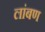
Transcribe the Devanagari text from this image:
लांबण